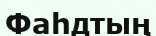
Фаһдтың